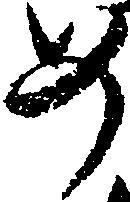
如